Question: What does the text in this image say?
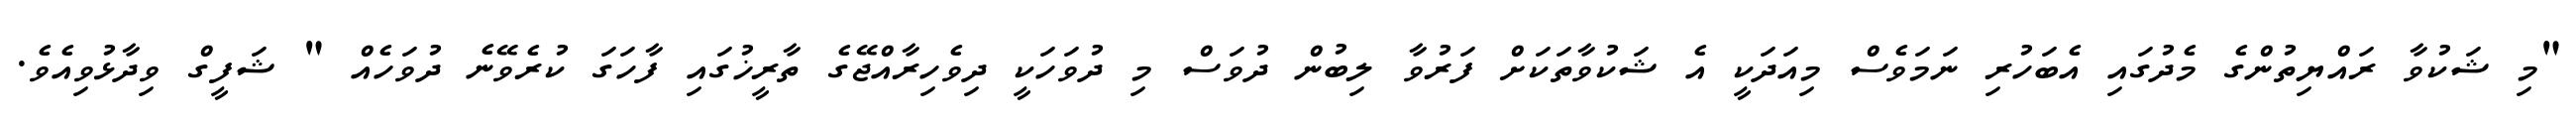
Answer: "މި ޝަކުވާ ރައްޔިތުންގެ މެދުގައި އެބަހުރި ނަމަވެސް މިއަދަކީ އެ ޝަކުވާތަކަށް ފަރުވާ ލިބުން ދުވަސް މި ދުވަހަކީ ދިވެހިރާއްޖޭގެ ތާރީޚުގައި ފާހަގަ ކުރެވޭނެ ދުވަހެއް " ޝަފީގް ވިދާޅުވިއެވެ.